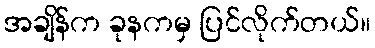
အချိန်က ခုနကမှ ပြင်လိုက်တယ်။